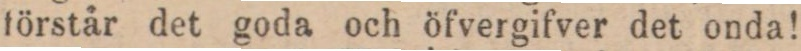
förstår det goda och öfvergifver det onda!